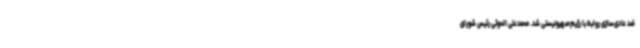
ضد عادی‌سازی روابط با رژیم‌صهیونیستی شد. محمدعلی الحوثی رئیس شورای